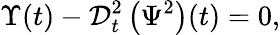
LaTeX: \Upsilon(t)-\mathcal{D}_{t}^{2}\left(\Psi^{2}\right)(t)=0,